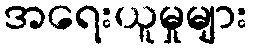
အရေးယူမှုများ